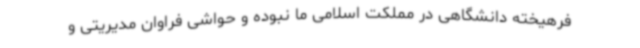
فرهیخته دانشگاهی در مملکت اسلامی ما نبوده و حواشی فراوان مدیریتی و